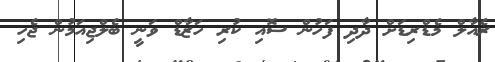
ރެއާލް މެޑްރިޑަށް ދާދި ފަހުން ސޮއި ކުރި ހަޒާޑް ވަނީ ބެލްޖިއަމުން ޖެހި